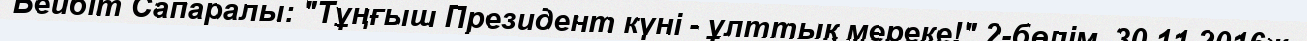
Бейбіт Сапаралы: "Тұңғыш Президент күні - ұлттық мереке!" 2-бөлім. 30.11.2016ж.